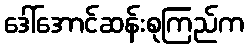
ဒေါ်အောင်ဆန်းစုကြည်က